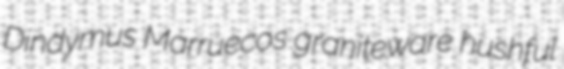
Dindymus Marruecos graniteware hushful